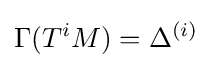
\Gamma (T^{i}M)=\Delta ^{(i)}